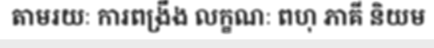
តាមរយៈ ការពង្រឹង លក្ខណៈ ពហុ ភាគី និយម